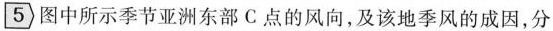
5 图中所示季节亚洲东部C点的风向，及该地季风的成因，分